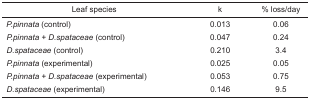
<table><thead><tr><td><b>Leaf species</b></td><td><b>k</b></td><td><b>% loss/day</b></td></tr></thead><tbody><tr><td><i>P.pinnata</i> (control)</td><td>0.013</td><td>0.06</td></tr><tr><td><i>P.pinnata</i> + <i>D.spataceae</i> (control)</td><td>0.047</td><td>0.24</td></tr><tr><td><i>D.spataceae</i> (control)</td><td>0.210</td><td>3.4</td></tr><tr><td><i>P.pinnata</i> (experimental)</td><td>0.025</td><td>0.05</td></tr><tr><td><i>P.pinnata</i> + <i>D.spataceae</i> (experimental)</td><td>0.053</td><td>0.75</td></tr><tr><td><i>D.spataceae</i> (experimental)</td><td>0.146</td><td>9.5</td></tr></tbody></table>